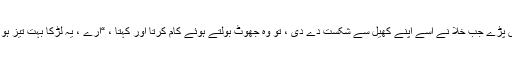
سب ہنس پڑے جب خلا نے اسے اپنے کھیل سے شکست دے دی ، تو وہ جھوٹ بولتے ہوئے کام کرتا اور کہتا ، “ارے ، یہ لڑکا بہت تیز ہو گیا ہے۔